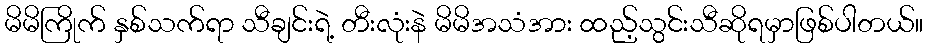
မိမိကြိုက် နှစ်သက်ရာ သီချင်းရဲ့ တီးလုံးနဲ မိမိအသံအား ထည့်သွင်းသီဆိုရမှာဖြစ်ပါတယ်။